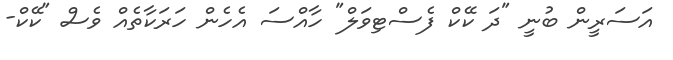
އަސަރީން ބުނީ "ދަ ކޭކް ފެސްޓިވަލް" ހާއްސަ އެހެން ހަރަކާތެއް ވެސް "ކޭކް-